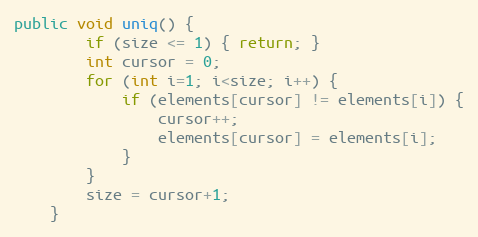
Language: Java
public void uniq() {
        if (size <= 1) { return; }
        int cursor = 0;
        for (int i=1; i<size; i++) {
            if (elements[cursor] != elements[i]) {
                cursor++;
                elements[cursor] = elements[i];
            }
        }
        size = cursor+1;
    }